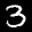
Label: 3